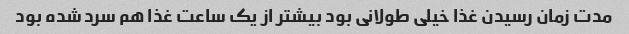
مدت زمان رسیدن غذا خیلی طولانی بود بیشتر از یک ساعت غذا هم سرد شده بود